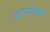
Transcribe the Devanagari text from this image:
धरणापैकी